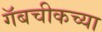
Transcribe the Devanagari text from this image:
गॅबचीकच्या